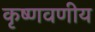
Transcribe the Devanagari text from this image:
कृष्णवणीय